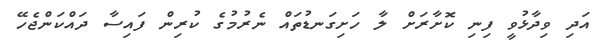
އަދި ވިދާޅުވީ ފިނި ކޮށާރަށް ލާ ހަށިގަނޑުތައް ނެރުމުގެ ކުރިން ފައިސާ ދައްކަންޖެހޭ